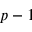
p - 1